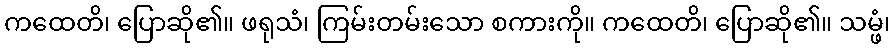
ကထေတိ၊ ပြောဆို၏။ ဖရုသံ၊ ကြမ်းတမ်းသော စကားကို။ ကထေတိ၊ ပြောဆို၏။ သမ္ဖံ၊